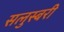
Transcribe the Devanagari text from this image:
सलुस्बरी